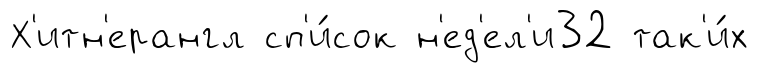
Х'итн'ерангл сп'и́сок н'ед'ел'и32 так'и́х